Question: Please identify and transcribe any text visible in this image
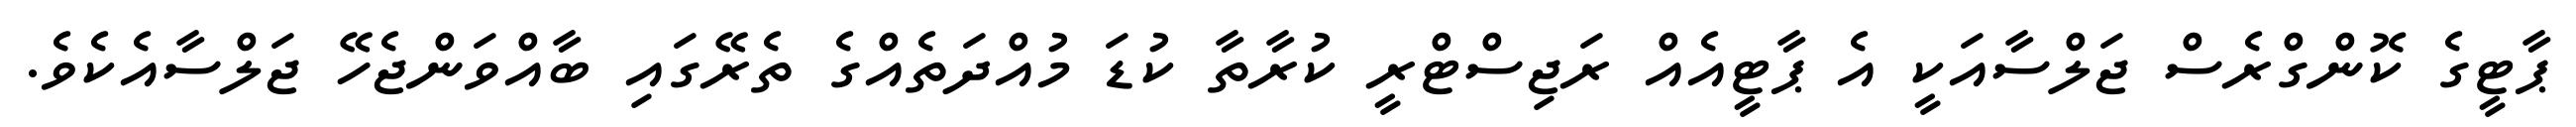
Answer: ޕާޓީގެ ކޮންގްރެސް ޖަލްސާއަކީ އެ ޕާޓީއެއް ރަޖިސްޓްރީ ކުރާތާ ކުޑަ މުއްދަތެއްގެ ތެރޭގައި ބާއްވަންޖެހޭ ޖަލްސާއެކެވެ.